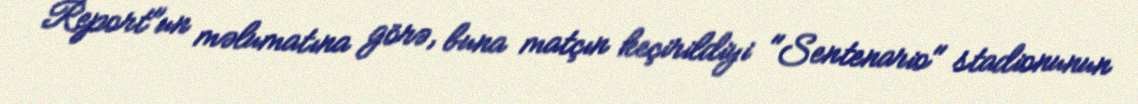
Report"un məlumatına görə, buna matçın keçirildiyi "Sentenario" stadionunun